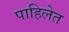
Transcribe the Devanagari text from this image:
पाहिलेत